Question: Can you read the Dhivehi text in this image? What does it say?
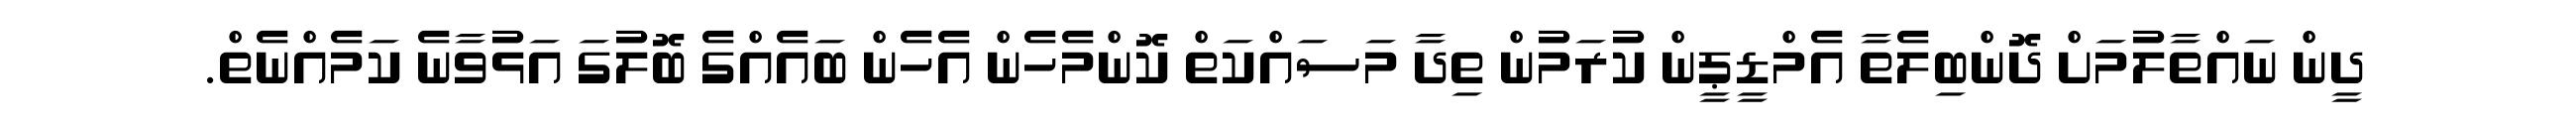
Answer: ދީން ނައްތާލުމަށް ދޮންބިލެތާ އެމްޑީޕީން ކުރަމުން ތިދާ މަސައްކަތް ކޮންމެހެން އެހެން ބައެއްގެ ބޮލުގަ އަޅުވާނެ ކަމެއްނެތް.